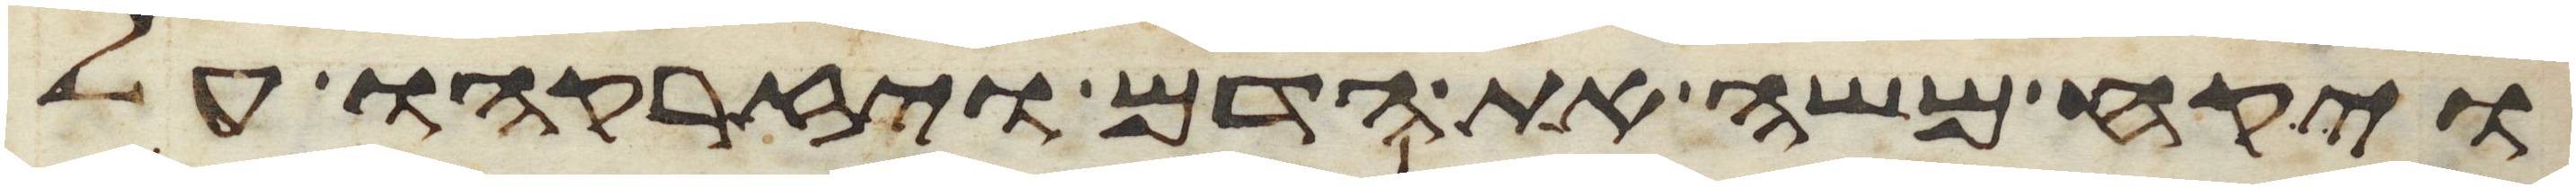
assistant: ויקח משה את הדם ויזרקהו על